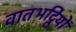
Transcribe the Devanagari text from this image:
वातभट्ठियों